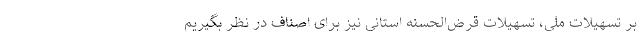
بر تسهیلات ملی، تسهیلات قرض‌الحسنه استانی نیز برای اصناف در نظر بگیریم